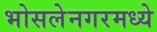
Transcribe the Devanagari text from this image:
भोसलेनगरमध्ये